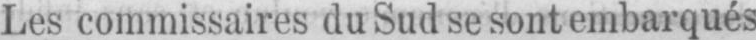
Les commissaires du Sud se sont embarqués